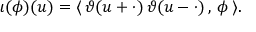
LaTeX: \iota ( \phi ) ( u ) = \langle \, \vartheta ( u + \cdot ) \, \vartheta ( u - \cdot ) \, , \, \phi \, \rangle .